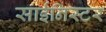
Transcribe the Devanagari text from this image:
साईनिस्टर